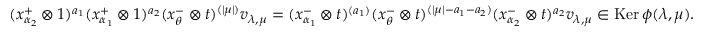
( x _ { \alpha _ { 2 } } ^ { + } \otimes 1 ) ^ { a _ { 1 } } ( x _ { \alpha _ { 1 } } ^ { + } \otimes 1 ) ^ { a _ { 2 } } ( x _ { \theta } ^ { - } \otimes t ) ^ { ( | \mu | ) } v _ { \lambda , \mu } = ( x _ { \alpha _ { 1 } } ^ { - } \otimes t ) ^ { ( a _ { 1 } ) } ( x _ { \theta } ^ { - } \otimes t ) ^ { ( | \mu | - a _ { 1 } - a _ { 2 } ) } ( x _ { \alpha _ { 2 } } ^ { - } \otimes t ) ^ { a _ { 2 } } v _ { \lambda , \mu } \in \operatorname { K e r } \phi ( \lambda , \mu ) .